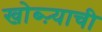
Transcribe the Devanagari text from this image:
खोब्ऱ्याची